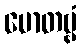
မောတဗ္ဗံ